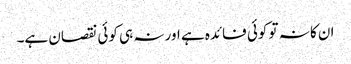
ان کا نہ تو کوئی فائدہ ہے اور نہ ہی کوئی نقصان ہے۔